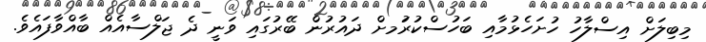
މިބިލަށް އިސްލާހު ހުށަހެޅުމާއި ބަހުސްކުރުަމށް ދައުރުން ބޭރުގައި ވަނީ ދެ ޖަލްސާއެއް ބާއްވާފައެވެ.